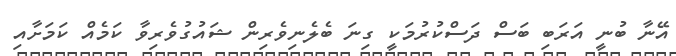
އޭނާ ބުނީ އަރަބި ބަސް ދަސްކުރުމަކީ ގިނަ ބެލެނިވެރިން ޝައުގުވެރިވާ ކަމެއް ކަމަށާއި